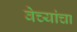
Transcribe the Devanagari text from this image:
वेच्यांचा